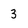
Character: 3